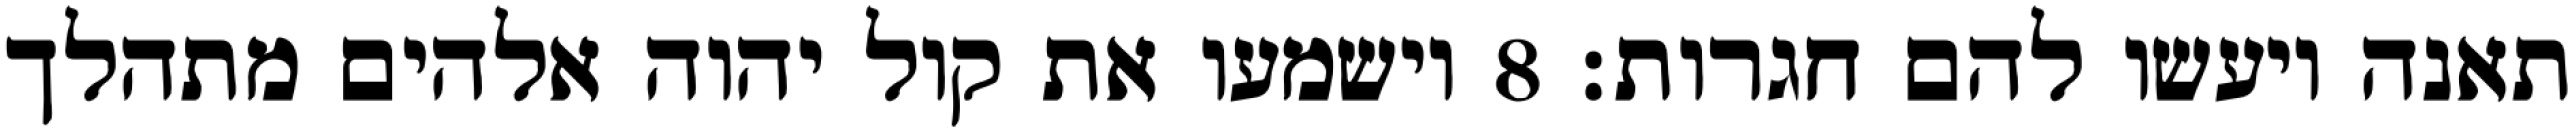
תאנה ויעשו להם חגרות׃ ‎8‏ וישמעו את קול יהוה אלהים מתהלך